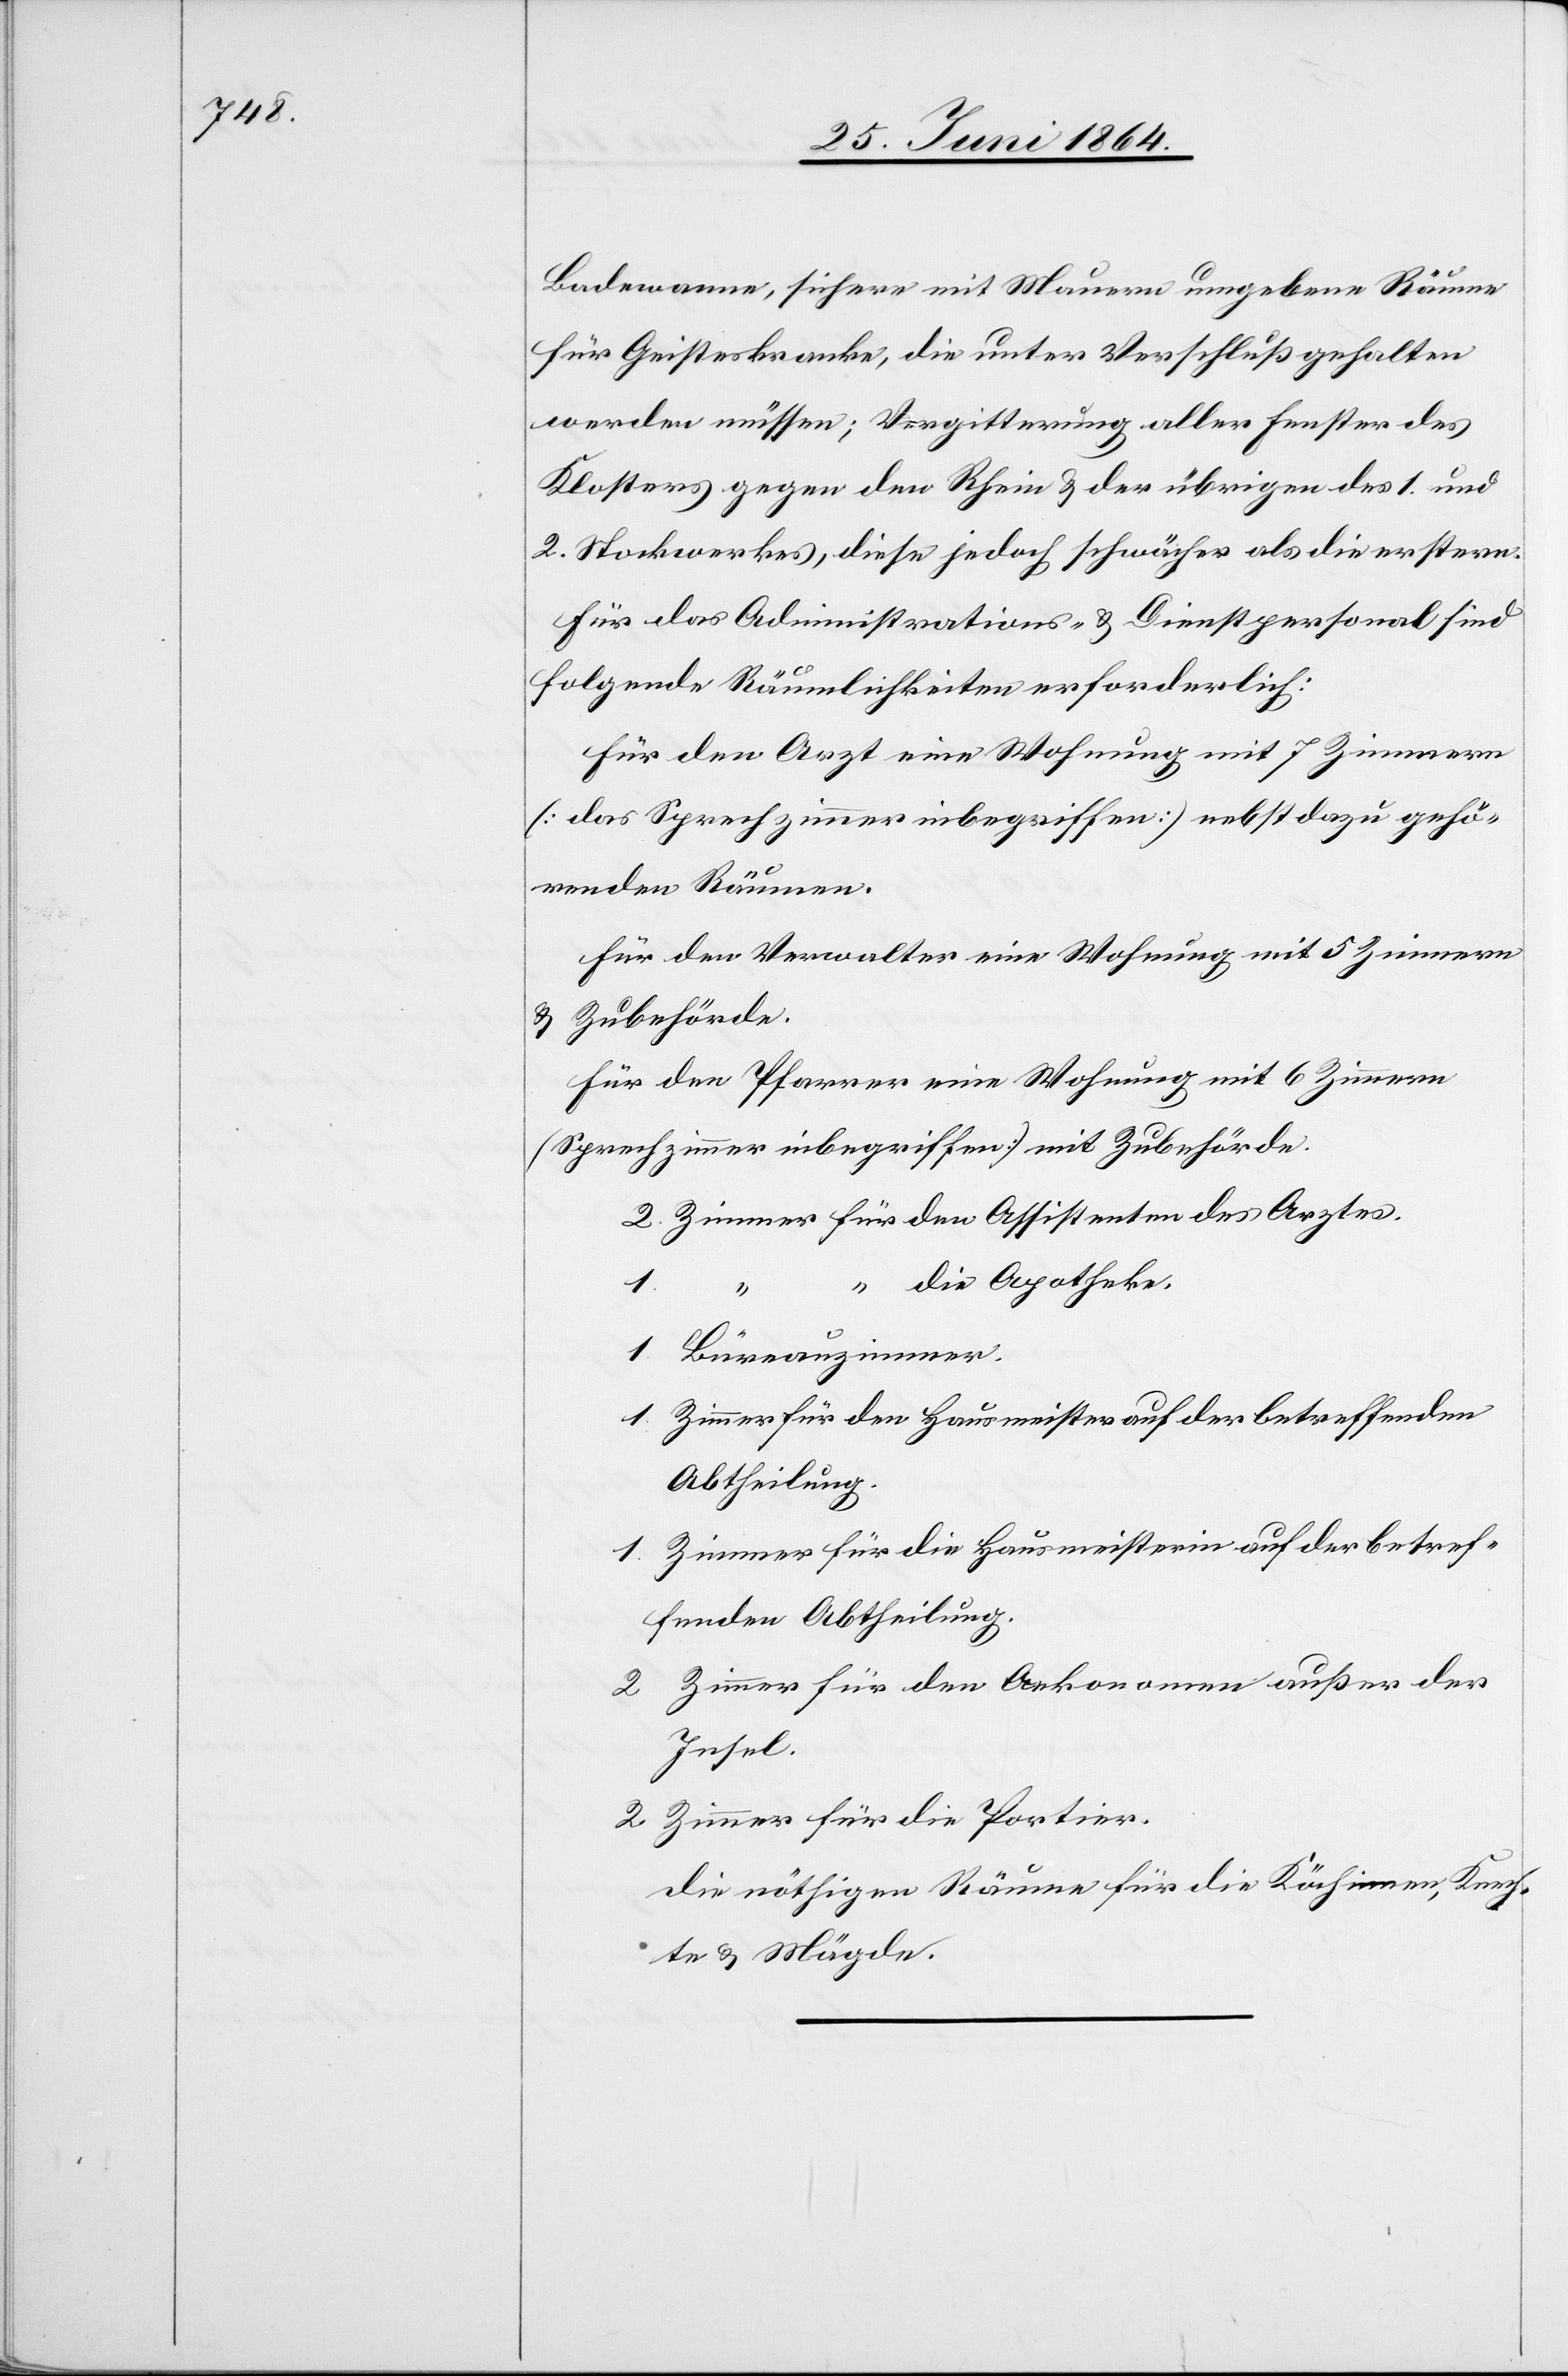
Badewanne, sichere mit Mauern umgebene Räume
für Geisteskranke, die unter Verschluß gehalten
werden müssen; Vergitterung aller Fenster des
Klosters gegen den Rhein u. der übrigen des 1. und
2. Stockwerkes, diese jedoch schwächer als die erstern.
Für das Administrations- u. Dienstpersonal sind
folgende Räumlichkeiten erforderlich:
Für den Arzt eine Wohnung mit 7 Zimmern
[das Sprechzimmer inbegriffen] nebst dazu gehö¬
renden Räumen.
Für den Verwalter eine Wohnung mit 5 Zimmern
u. Zubehörde.
Für den Pfarrer eine Wohnung mit 6 Zimmern
[Sprechzimmer inbegriffen] mit Zubehörde.
2 Zimmer für den Assistenten des Arztes.
“ die Apotheke.
1
“
1 Büreauzimmer.
1 Zimmer für den Hausmeister auf der betreffenden
Abtheilung.
1 Zimmer für die Hausmeisterin auf der betref¬
fenden Abtheilung.
2 Zimmer für den Oekonomen außer der
Insel.
2 Zimmer für die Portier.
die nöthigen Räume für die Köchinnen, Knech¬
te u. Mägde.